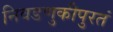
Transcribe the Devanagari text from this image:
निवडणुकीपुरतं